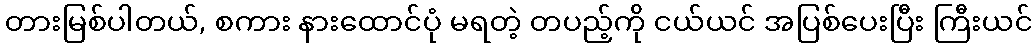
တားမြစ်ပါတယ်, စကား နားထောင်ပုံ မရတဲ့ တပည့်ကို ငယ်ယင် အပြစ်ပေးပြီး ကြီးယင်